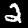
Label: 2